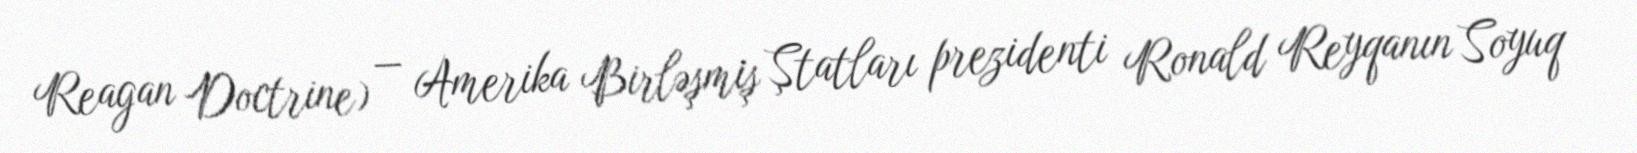
Reagan Doctrine) — Amerika Birləşmiş Ştatları prezidenti Ronald Reyqanın Soyuq